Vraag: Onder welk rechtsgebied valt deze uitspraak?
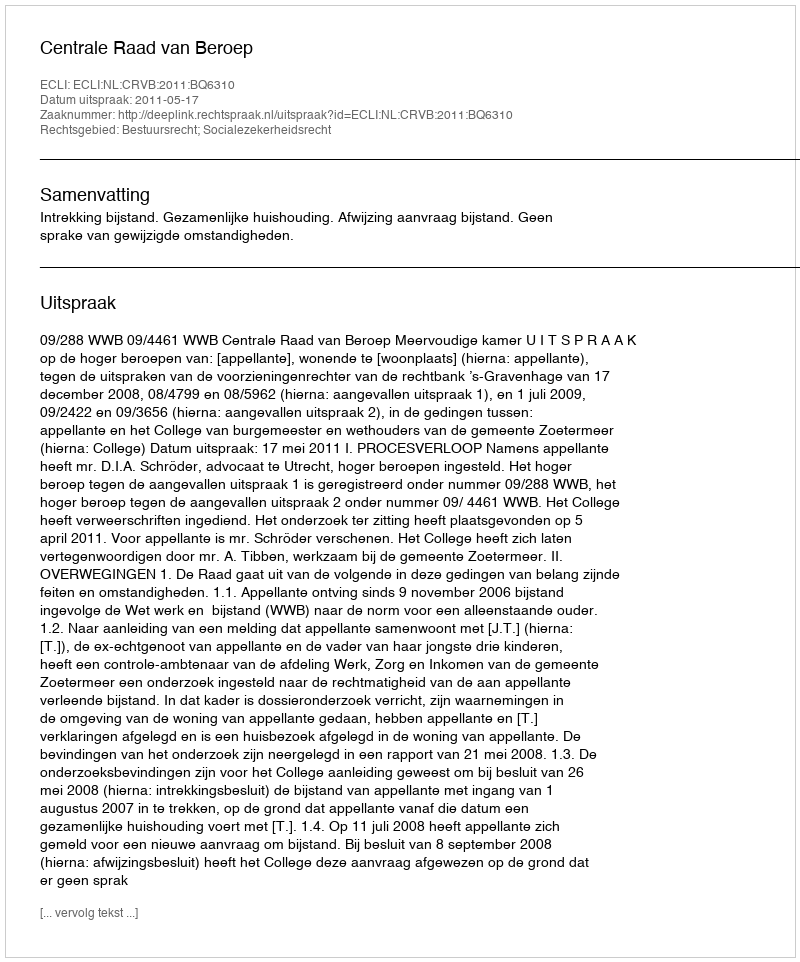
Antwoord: Bestuursrecht; Socialezekerheidsrecht